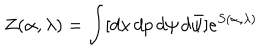
LaTeX: Z ( \alpha , \lambda ) = \int [ d x \, d p \, d \psi \, d \bar { \psi } ] e ^ { S ( \alpha , \lambda ) }